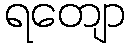
ရတျော